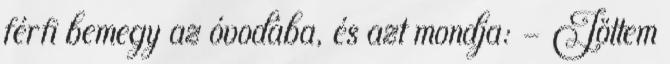
férfi bemegy az óvodába, és azt mondja: - Jöttem